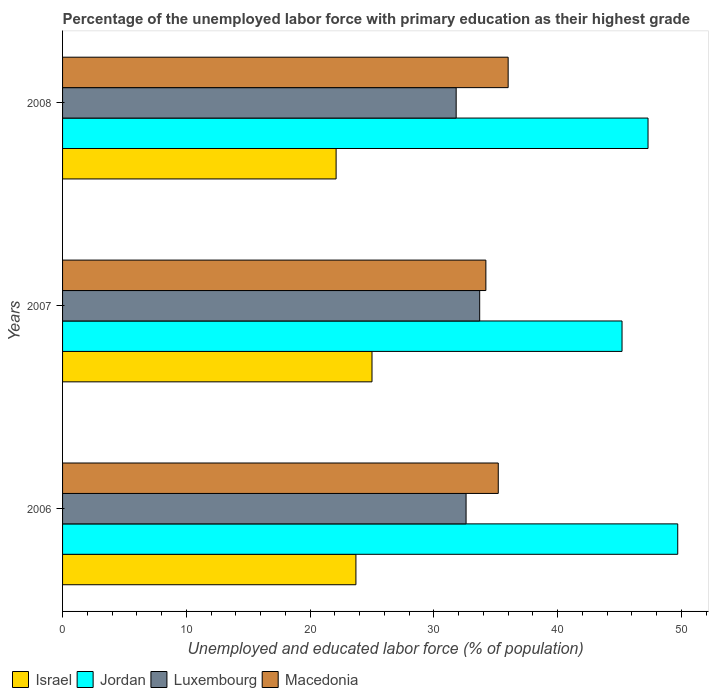
| Years | Israel | Jordan | Luxembourg | Macedonia |
 | --- | --- | --- | --- | --- |
 | 2006 | 23.7 | 49.7 | 32.6 | 35.2 |
 | 2007 | 25 | 45.2 | 33.7 | 34.2 |
 | 2008 | 22.1 | 47.3 | 31.8 | 36 |